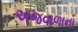
અજવાળાના